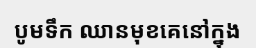
បូមទឹក ឈានមុខគេនៅក្នុង